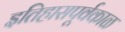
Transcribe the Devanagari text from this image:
इतिहासपूर्वकाळ